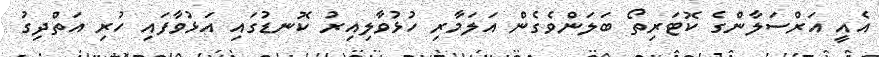
އެއީ އަރްސަލާންގެ ކޮޓަރިތޯ ބަލަންވެގެން އަލަމާރި ހުޅުވާލިއިރު ކޮނޑުގައި އަޅުވާފައި ހުރި އަތްދިގު